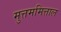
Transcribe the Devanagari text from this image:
मुत्तममित्ताल